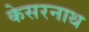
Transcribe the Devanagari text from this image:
केसरनाथ